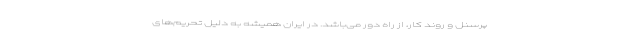
پرسنل و روند کار، از راه دور می‌باشد. در ایران همیشه به دلیل تحریم‌های